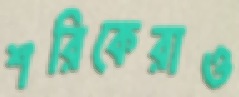
শরিকেরাও